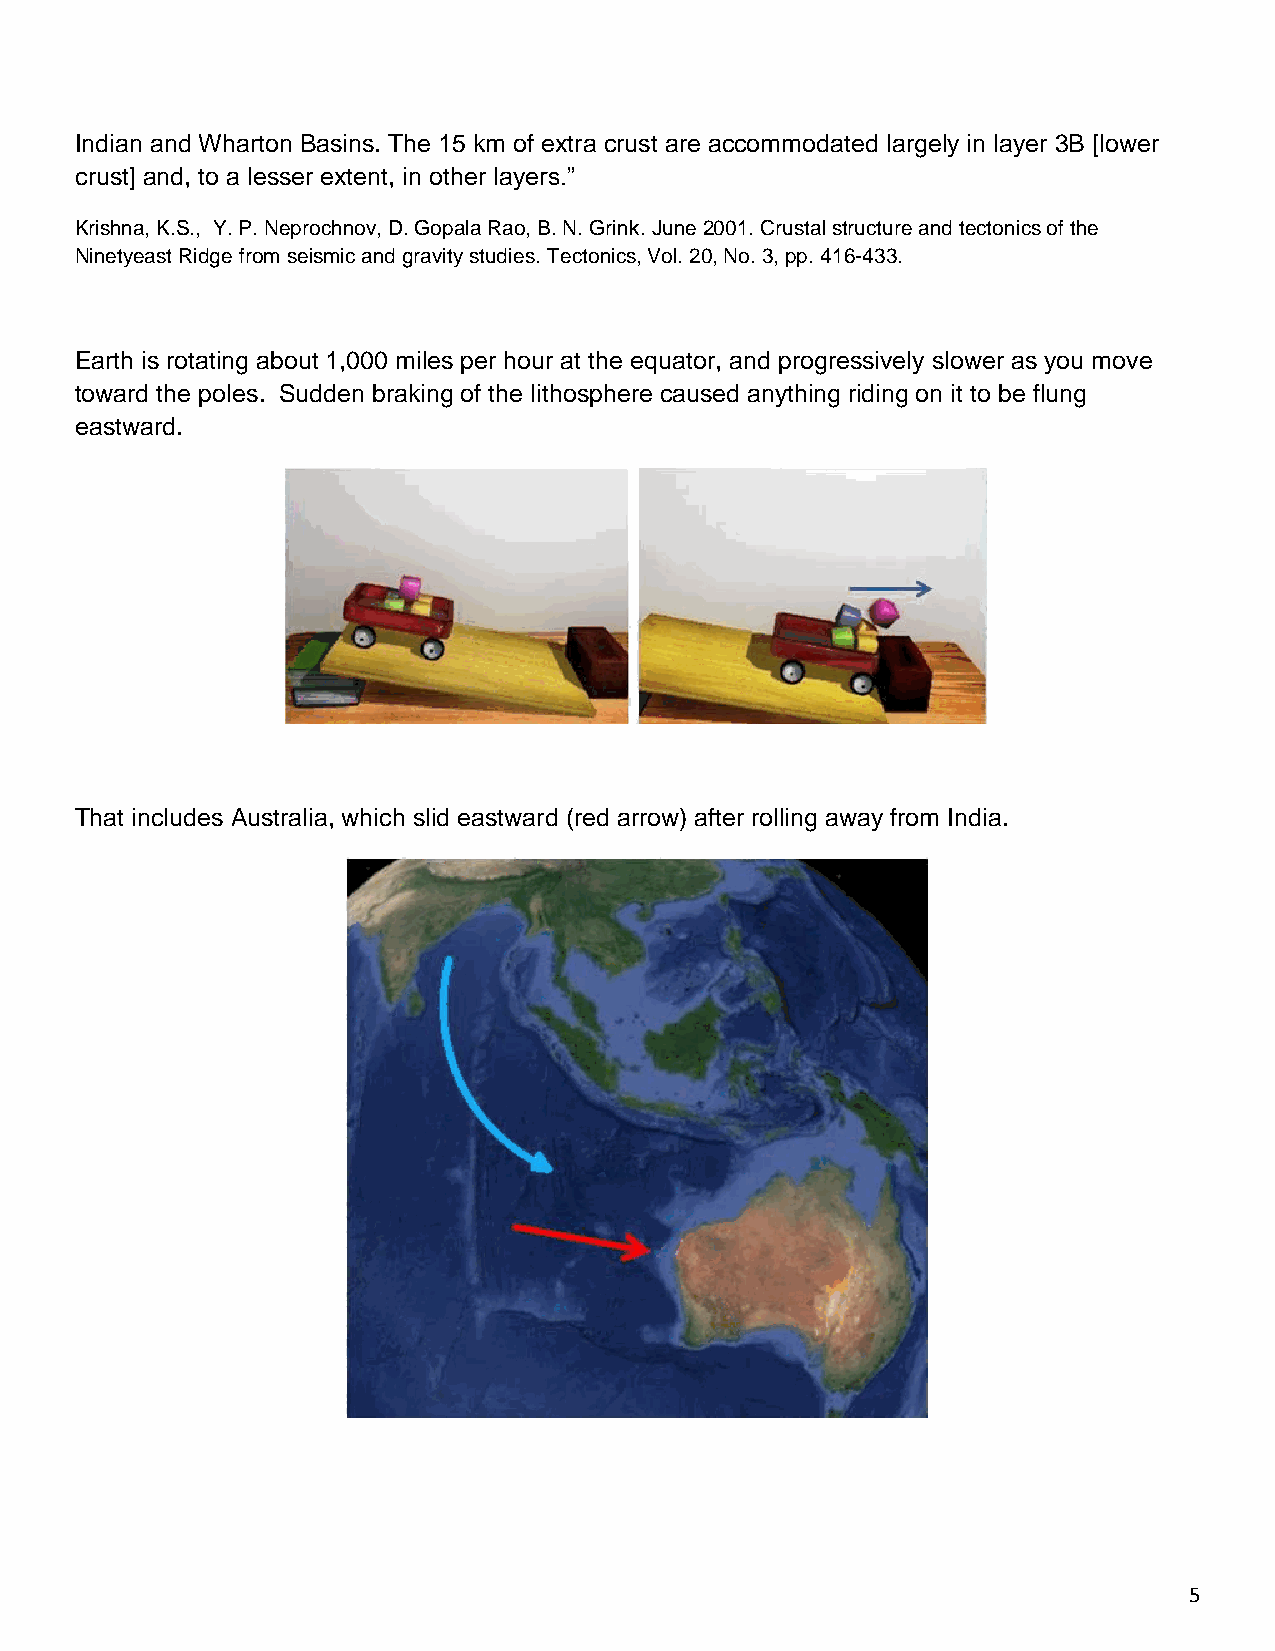
Indian and Wharton Basins. The 15 km of extra crust are accommodated largely in layer 3B [lower
 crust] and, to a lesser extent, in other layers.”
 Krishna, K.S., Y. P. Neprochnov, D. Gopala Rao, B. N. Grink. June 2001. Crustal structure and tectonics of the
 Ninetyeast Ridge from seismic and gravity studies. Tectonics, Vol. 20, No. 3, pp. 416-433.
 Earth is rotating about 1,000 miles per hour at the equator, and progressively slower as you move
 toward the poles. Sudden braking of the lithosphere caused anything riding on it to be flung
 eastward.
 That includes Australia, which slid eastward (red arrow) after rolling away from India.
 5